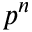
p ^ { n }